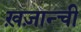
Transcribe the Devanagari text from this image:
ख़ज़ान्ची